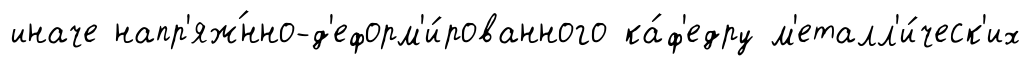
иначе напр'яж́нно-д'еформ'и́рованного ка́ф'едру м'еталл'и́ческ'их